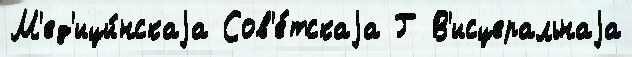
М'ед'ици́нскаjа Сов'е́тскаjа Г В'исцеральнаjа